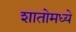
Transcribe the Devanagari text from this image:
शातोमध्ये